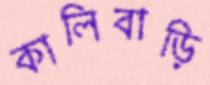
কালিবাড়ি